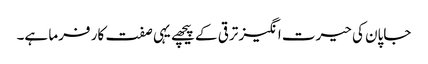
جاپان کی حیرت انگیز ترقی کے پیچھے یہی صفت کار فرما ہے۔